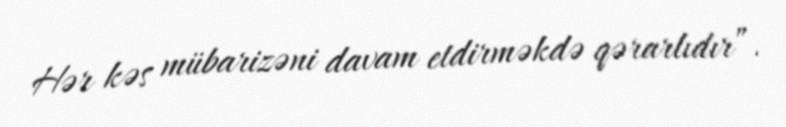
Hər kəs mübarizəni davam etdirməkdə qərarlıdır”.